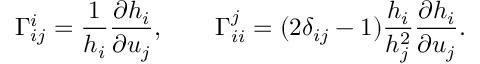
\Gamma _ { i j } ^ { i } = \frac { 1 } { h _ { i } } \frac { \partial h _ { i } } { \partial u _ { j } } , \qquad \Gamma _ { i i } ^ { j } = ( 2 \delta _ { i j } - 1 ) \frac { h _ { i } } { h _ { j } ^ { 2 } } \frac { \partial h _ { i } } { \partial u _ { j } } .